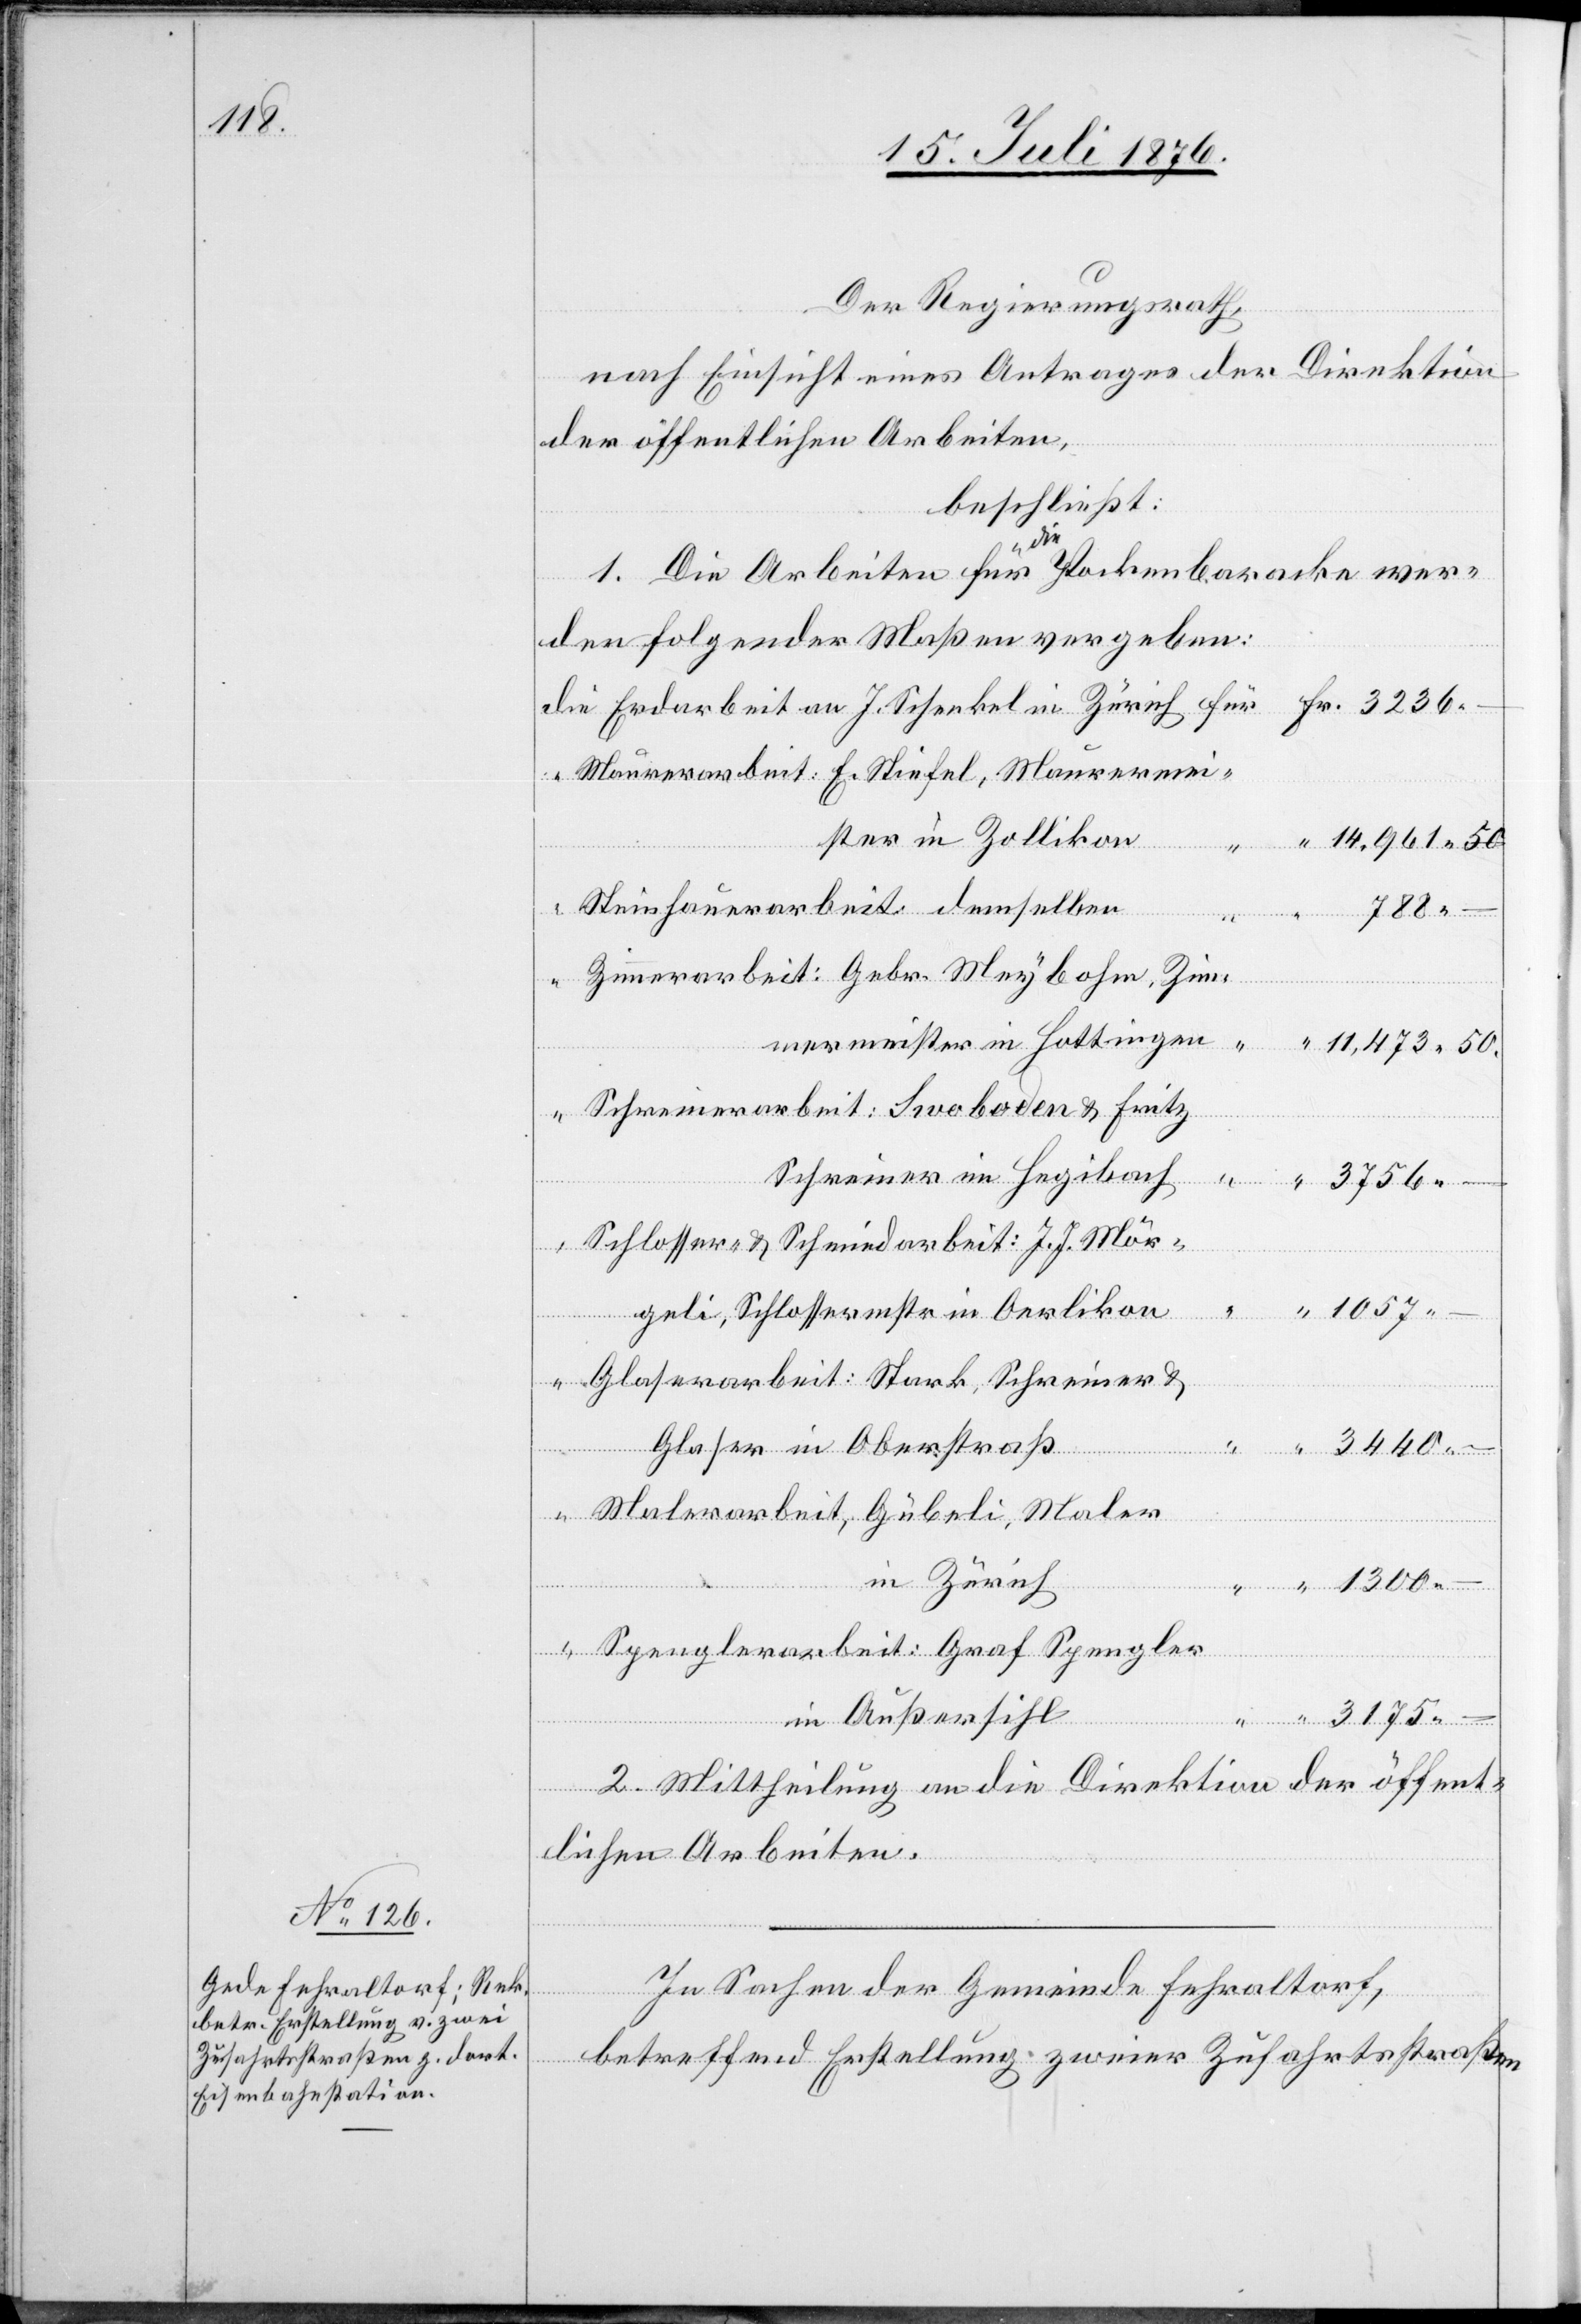
Der Regierungsrath,
nach Einsicht eines Antrages der Direktion
der öffentlichen Arbeiten,
beschließt:
1. Die Arbeiten für die Pockenbaracke wer¬
den folgender Maßen vergeben:
ister in Zollikon
50.
788
Meybohm, Zimmermeist¬
–
3440
Schreiner in Hegibach
geli, Schlossermstr in Oerlikon
“
1057
Glaser in Oberstraß
Maler¬
J.
in Zürich
Graf
in Außersihl
einer
2. Mittheilung an die Direktion der öffent¬
lichen Arbeiten.
50
In Sachen der Gemeinde Fehraltorf,
betreffend Erstellung zweier Zufahrtsstraßen